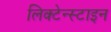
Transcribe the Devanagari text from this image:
लिक्टेन्स्टाइन